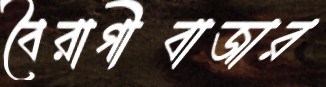
বৈরাগীবাজার